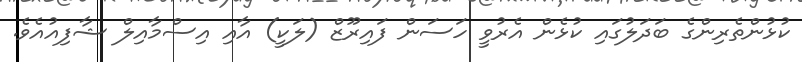
ކުޅުންތެރިންގެ ބަދަލުގައި ކުޅެން އެރުވީ ހަސަން ފައިރޫޒް (ލަކީ) އާއި އިސްމާއިލް ޝާފިއުއެވެ.